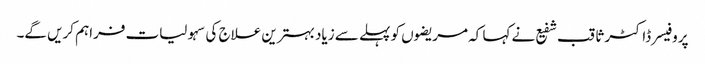
پروفیسر ڈاکٹر ثاقب شفیع نے کہا کہ مریضوں کو پہلے سے زیاد بہترین علاج کی سہولیات فراہم کریں گے۔